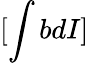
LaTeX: [\int bdI]